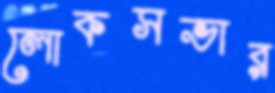
লোকসভার